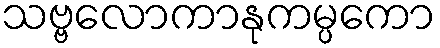
သဗ္ဗလောကာနုကမ္ပကော